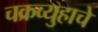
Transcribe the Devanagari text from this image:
चक्रव्युहाचे